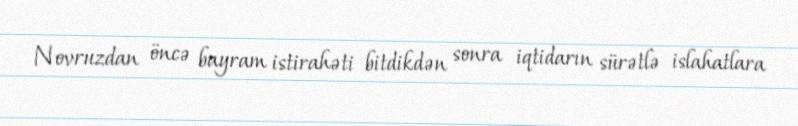
Novruzdan öncə bayram istirahəti bitdikdən sonra iqtidarın sürətlə islahatlara